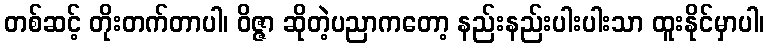
တစ်ဆင့် တိုးတက်တာပါ၊ ဝိဇ္ဇာ ဆိုတဲ့ပညာကတော့ နည်းနည်းပါးပါးသာ ထူးနိုင်မှာပါ၊